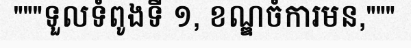
"""ទួលទំពូងទី ១, ខណ្ឌចំការមន,"""